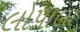
લોપાલા